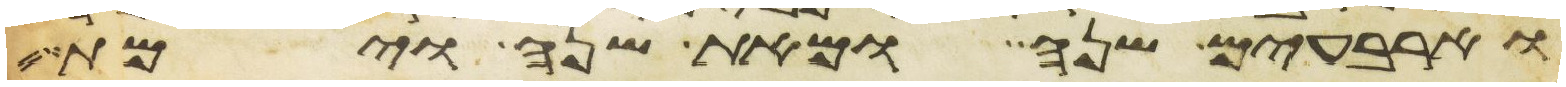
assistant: וארבעים שנה ומאת שנה וימת